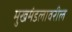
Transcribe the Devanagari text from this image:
मुखमंडलावरील